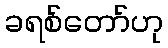
ခရစ်တော်ဟု